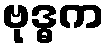
ဗုဒ္ဓက